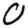
Digit: 0